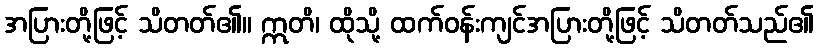
အပြားတို့ဖြင့် သိတတ်၏။ ဣတိ၊ ထိုသို့ ထက်ဝန်းကျင်အပြားတို့ဖြင့် သိတတ်သည်၏